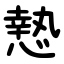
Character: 慹